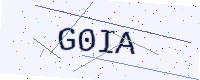
Text: G0IA